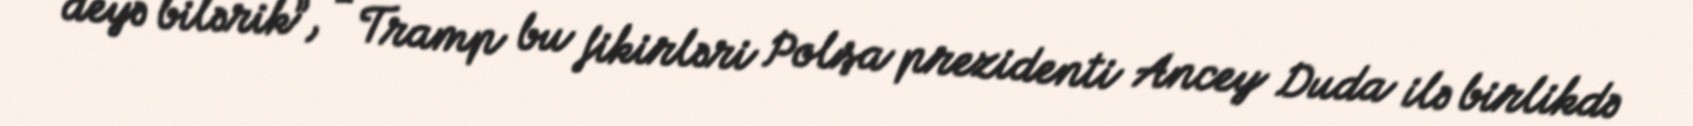
deyə bilərik”, - Tramp bu fikirləri Polşa prezidenti Ancey Duda ilə birlikdə